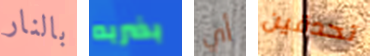
بالنار بضربه أي تحدقين